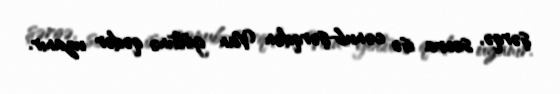
şərqə, sonra isə cənub-şərqdən Van gölünə qədər uzanır.